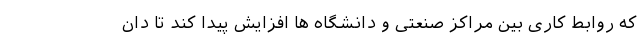
که روابط کاری بین مراکز صنعتی و دانشگاه ها افزایش پیدا کند تا دان